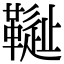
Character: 𩌳